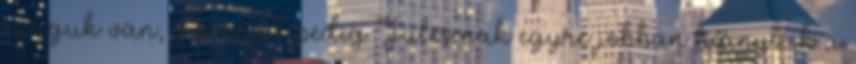
szaguk van, másrészt pedig Julcsinak egyre jobban hiányzik a